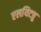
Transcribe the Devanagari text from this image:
एलयिटत्तु